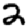
Digit: 2